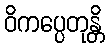
ဝိကပ္ပေတုန္တိ